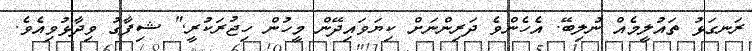
ރަނގަޅު ތައުލީމެއް ނުލިބޭ. އެހެންވެ ދަރިންނަށް ކިޔަވައިދޭން މީހުން ހިޖުރަކުރީ